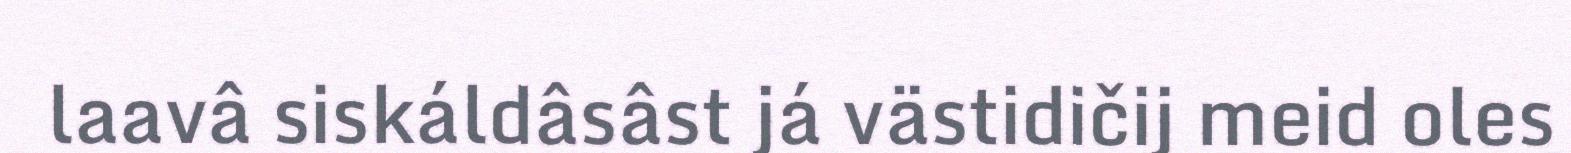
laavâ siskáldâsâst já västidičij meid oles